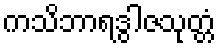
ကသိဘာရဒွါဇသုတ္တံ